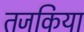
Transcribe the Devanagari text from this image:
तजकिया